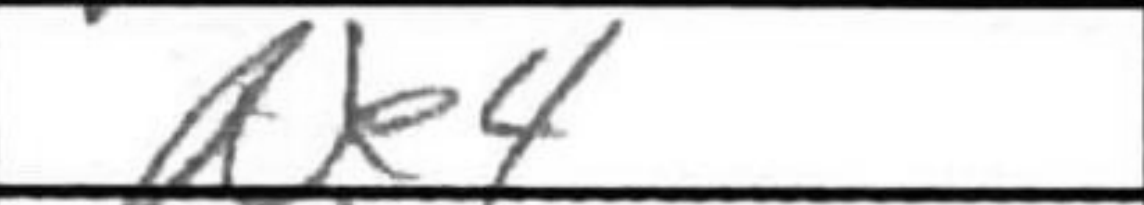
Transcription: Ne4